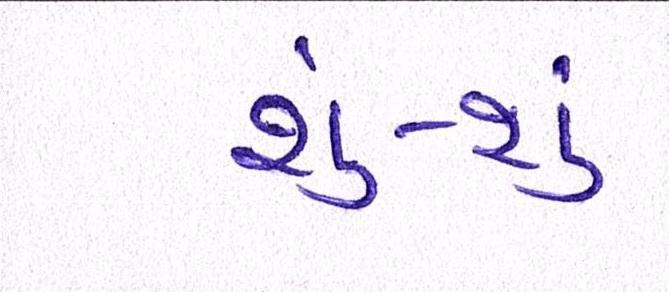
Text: શું-શું